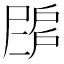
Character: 𢩗